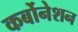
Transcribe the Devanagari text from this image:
कर्बोनेशन